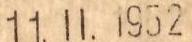
11.II.1952